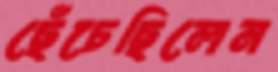
ছেঁচেছিলেন